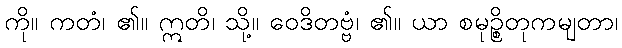
ကို။ ကတံ၊ ၏။ ဣတိ၊ သို့။ ဝေဒိတဗ္ဗံ၊ ၏။ ယာ စမုဉ္စိတုကမျတာ၊